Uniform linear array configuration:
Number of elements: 64
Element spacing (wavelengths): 1
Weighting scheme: hann
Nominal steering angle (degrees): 30
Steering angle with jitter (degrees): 29.346
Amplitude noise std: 0.05
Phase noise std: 0.05

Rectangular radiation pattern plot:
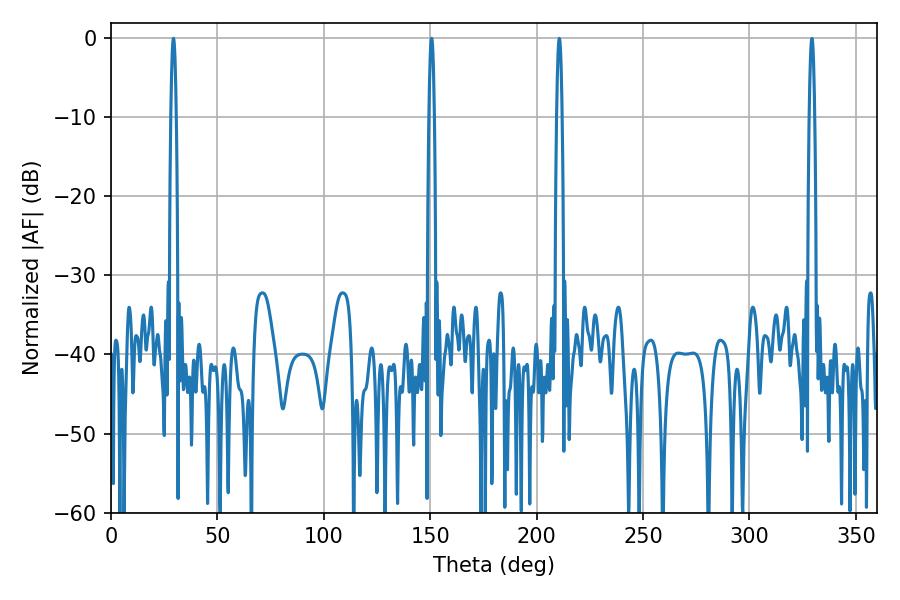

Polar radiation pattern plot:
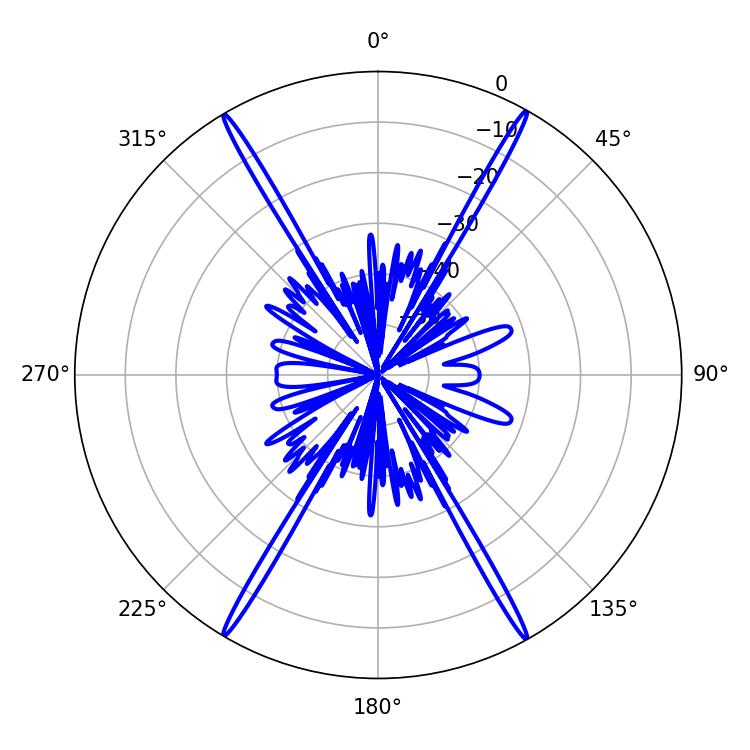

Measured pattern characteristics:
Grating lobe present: TRUE
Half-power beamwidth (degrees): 1.44
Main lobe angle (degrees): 29.34